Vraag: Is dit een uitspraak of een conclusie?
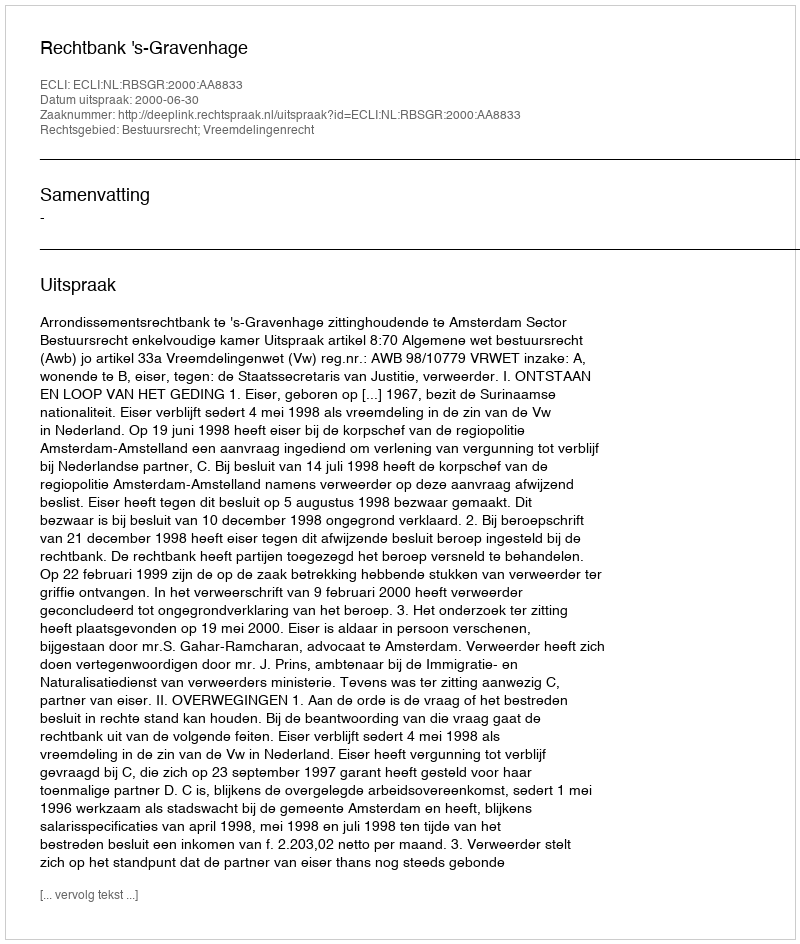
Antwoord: Uitspraak